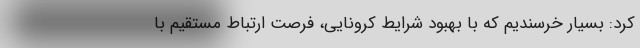
کرد: بسیار خرسندیم که با بهبود شرایط کرونایی، فرصت ارتباط مستقیم با